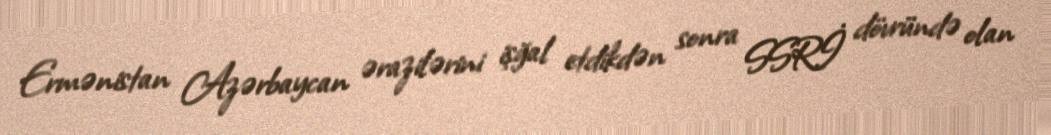
Ermənistan Azərbaycan ərazilərini işğal etdikdən sonra SSRİ dövründə olan